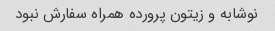
نوشابه و زیتون پرورده همراه سفارش نبود